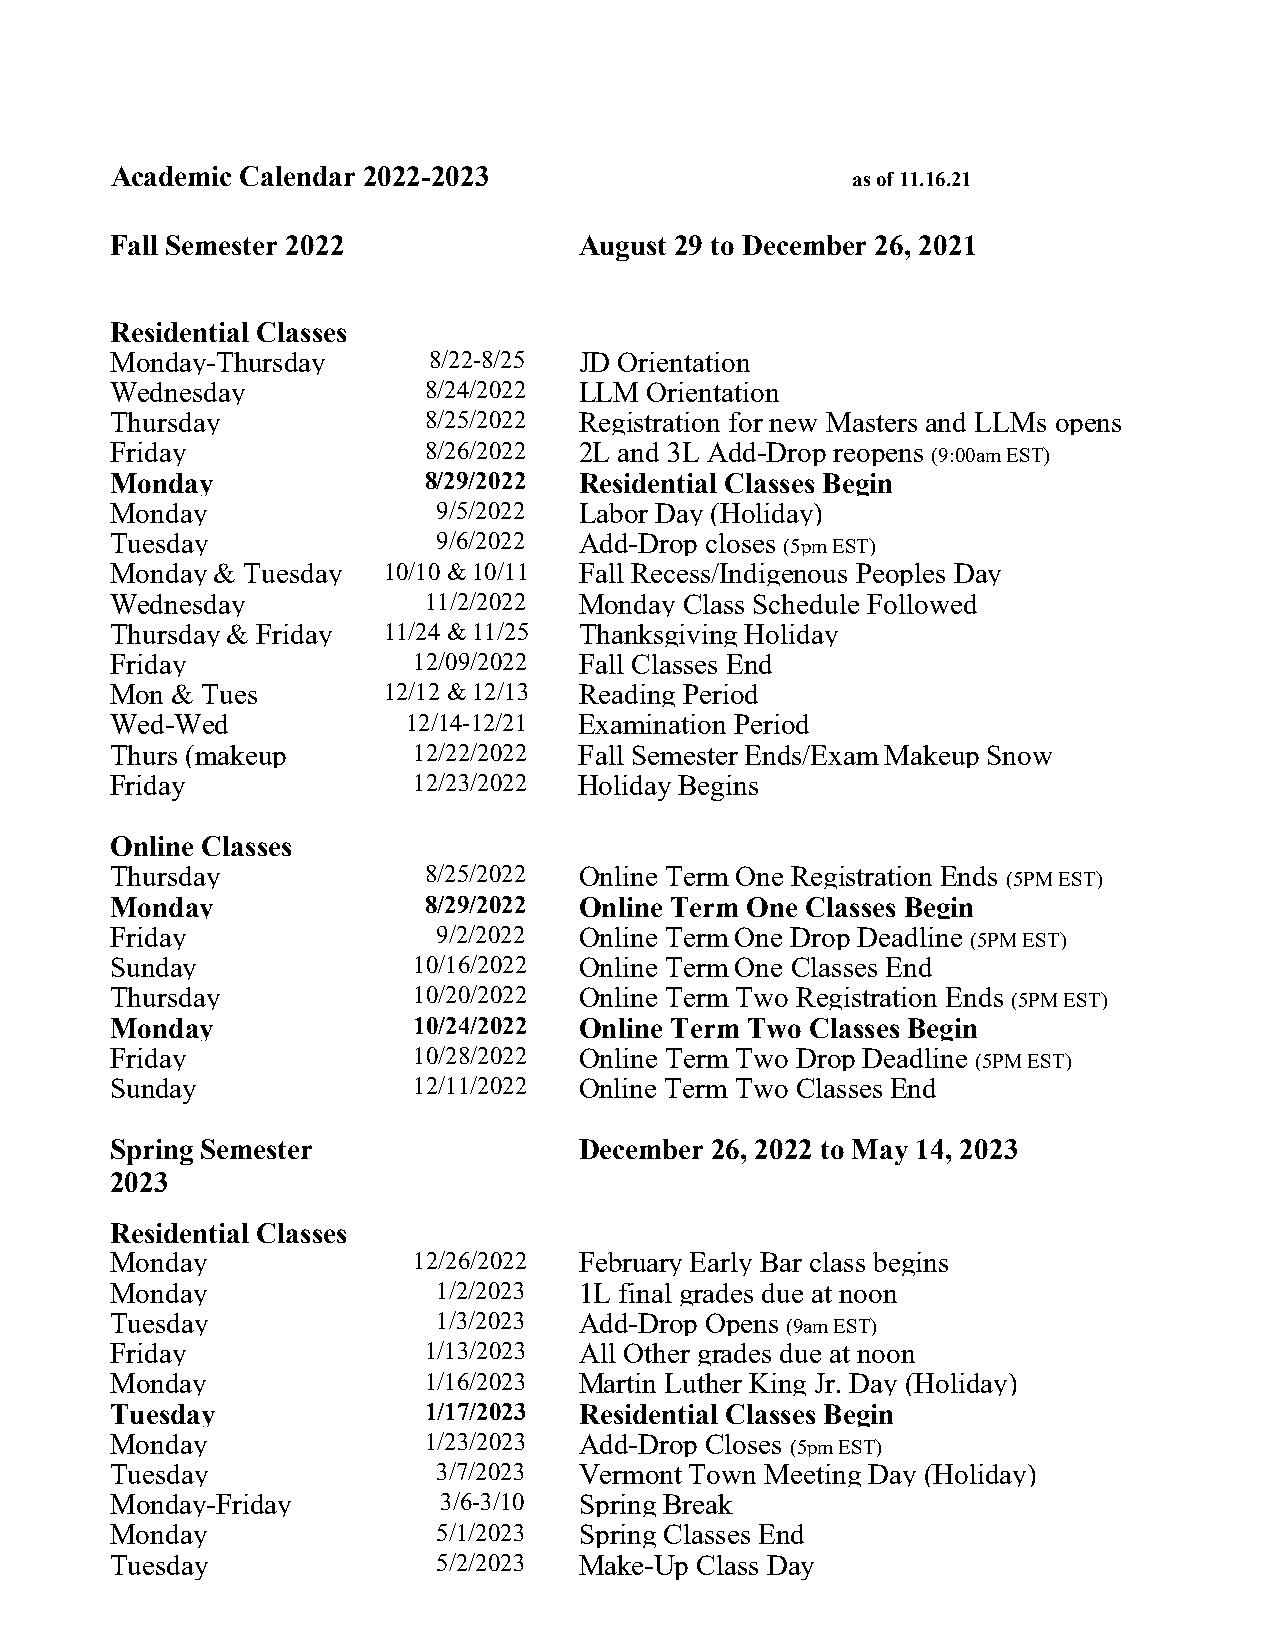
Academic Calendar 2022-2023
 as of 11.16.21
 Fall Semester 2022             August 29 to December 26, 2021
 Residential Classes
 Monday-Thursday      8/22-8/25 JD Orientation
 Wednesday            8/24/2022 LLM  Orientation
 Thursday             8/25/2022 Registration for new Masters and LLMs opens
 Friday               8/26/2022 2L and 3L Add-Drop reopens
 (9:00am EST)
 Monday               8/29/2022 Residential Classes Begin
 Monday                9/5/2022 Labor Day (Holiday)
 Tuesday               9/6/2022 Add-Drop closes
 (5pm EST)
 Monday & Tuesday  10/10 & 10/11 Fall Recess/Indigenous Peoples Day
 Wednesday            11/2/2022 Monday Class Schedule Followed
 Thursday & Friday 11/24 & 11/25 Thanksgiving Holiday
 Friday              12/09/2022 Fall Classes End
 Mon & Tues        12/12 & 12/13 Reading Period
 Wed-Wed             12/14-12/21 Examination Period
 Thurs (makeup       12/22/2022 Fall Semester Ends/Exam Makeup Snow
 Friday              12/23/2022 Holiday Begins
 Online Classes
 Thursday             8/25/2022 Online Term One Registration Ends
 (5PM EST)
 Monday               8/29/2022 Online Term One Classes Begin
 Friday                9/2/2022 Online Term One Drop Deadline
 (5PM EST)
 Sunday              10/16/2022 Online Term One Classes End
 Thursday            10/20/2022 Online Term Two Registration Ends
 (5PM EST)
 Monday              10/24/2022 Online Term Two Classes Begin
 Friday              10/28/2022 Online Term Two Drop Deadline
 (5PM EST)
 Sunday              12/11/2022 Online Term Two Classes End
 Spring Semester                December 26, 2022 to May 14, 2023
 2023
 Residential Classes
 Monday              12/26/2022 February Early Bar class begins
 Monday                1/2/2023 1L final grades due at noon
 Tuesday               1/3/2023 Add-Drop Opens
 (9am EST)
 Friday               1/13/2023 All Other grades due at noon
 Monday               1/16/2023 Martin Luther King Jr. Day (Holiday)
 Tuesday              1/17/2023 Residential Classes Begin
 Monday               1/23/2023 Add-Drop Closes
 (5pm EST)
 Tuesday               3/7/2023 Vermont Town Meeting Day (Holiday)
 Monday-Friday         3/6-3/10 Spring Break
 Monday                5/1/2023 Spring Classes End
 Tuesday               5/2/2023 Make-Up Class Day